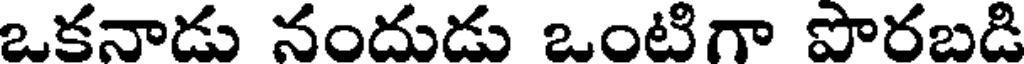
ఒకనాడు నందుడు ఒంటిగా పొరబడి